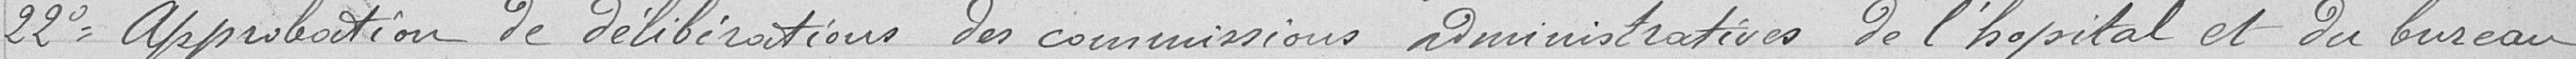
22° Approbation de délibérations des commissions administratives de l'hôpital et du bureau